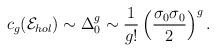
LaTeX: \begin{align*}c_g({\cal E}_{hol})\sim\Delta_0^g\sim{1\over g!}\left({\sigma_0\sigma_0\over 2}\right)^g.\end{align*}